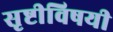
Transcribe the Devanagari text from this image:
सृष्टीविषयी